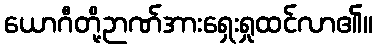
ယောဂီတို့ဉာဏ်အားရှေးရှုထင်လာ၏။